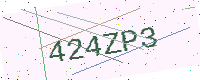
Text: 424ZP3